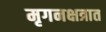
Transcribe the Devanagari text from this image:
मृगनक्षत्रात